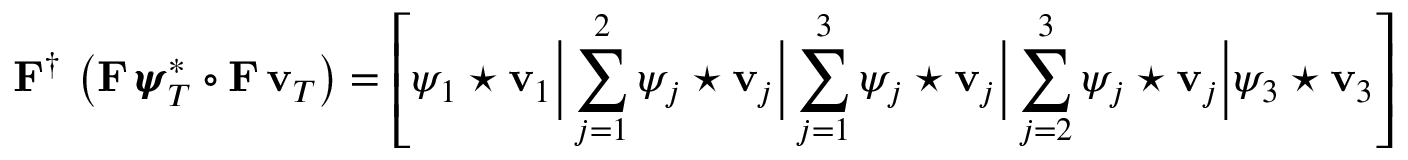
{ \bf F } ^ { \dagger } \, \left( { \bf F } \, { \pmb { \psi } } _ { T } ^ { * } \circ { \bf F } \, { \bf v } _ { T } \right) = \left[ \psi _ { 1 } \star { \bf v } _ { 1 } \biggr \rvert \sum _ { j = 1 } ^ { 2 } \psi _ { j } \star { \bf v } _ { j } \biggr \rvert \sum _ { j = 1 } ^ { 3 } \psi _ { j } \star { \bf v } _ { j } \biggr \rvert \sum _ { j = 2 } ^ { 3 } \psi _ { j } \star { \bf v } _ { j } \biggr \rvert \psi _ { 3 } \star { \bf v } _ { 3 } \right]